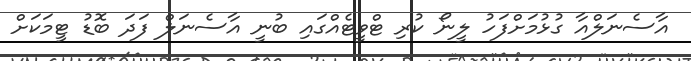
އާސެނަލްއާ ގުޅުމަށްފަހު ލީނޯ ކުރި ޓްވީޓެއްގައި ބުނީ އާސެނަލް ފަދަ ބޮޑު ޓީމަކަށް